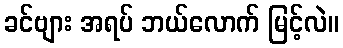
ခင်ဗျား အရပ် ဘယ်လောက် မြင့်လဲ။